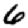
Digit: 6